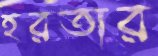
হরতার